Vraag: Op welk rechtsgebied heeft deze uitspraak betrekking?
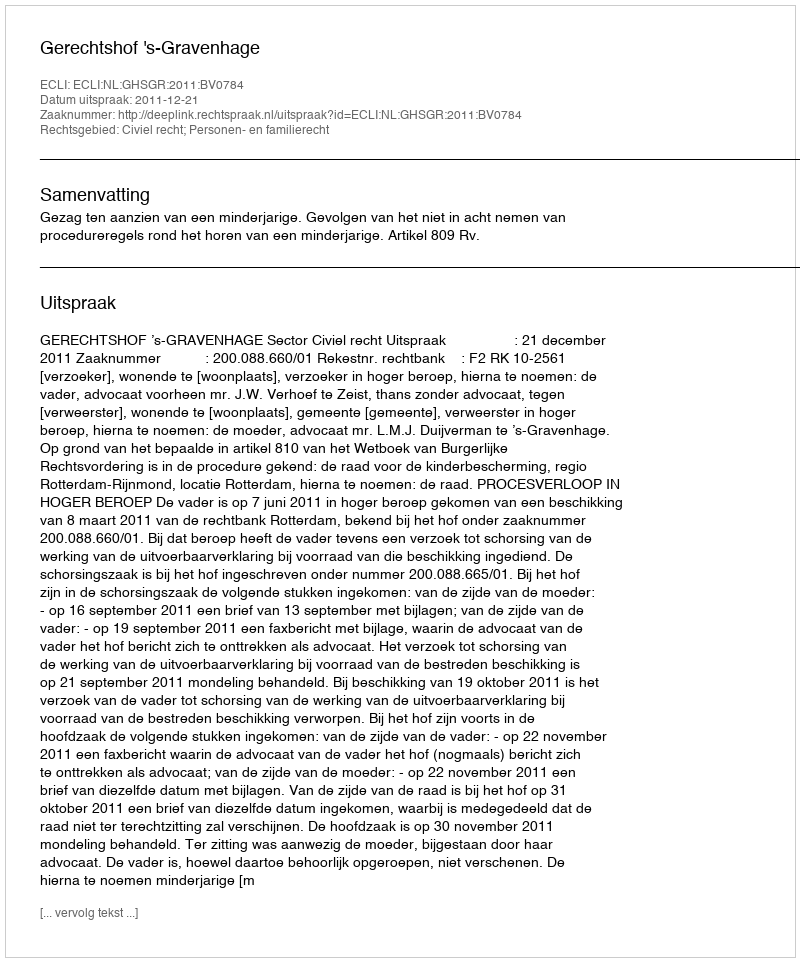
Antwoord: Civiel recht; Personen- en familierecht